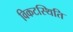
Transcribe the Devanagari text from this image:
विकटस्थिति